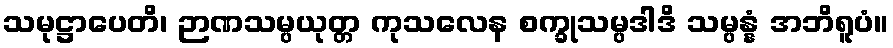
သမုဋ္ဌာပေတိ၊ ဉာဏသမ္ပယုတ္တ ကုသလေန စက္ခုသမ္ပဒါဒိ သမ္ပန္နံ အဘိရူပံ။